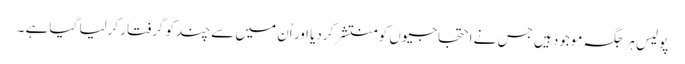
پولیس ہر جگہ موجود ہیں جس نے احتجاجیوں کو منتشر کردیا اور اُن میں سے چند کو گرفتار کرلیا گیا ہے ۔